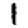
Digit: 1